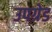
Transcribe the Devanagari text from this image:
उपग्रेड